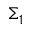
\Sigma _ { 1 }